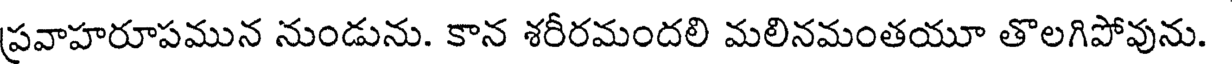
ప్రవాహరూపమున నుండును. కాన శరీరమందలి మలినమంతయూ తొలగిపోవును.